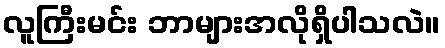
လူကြီးမင်း ဘာများအလိုရှိပါသလဲ။